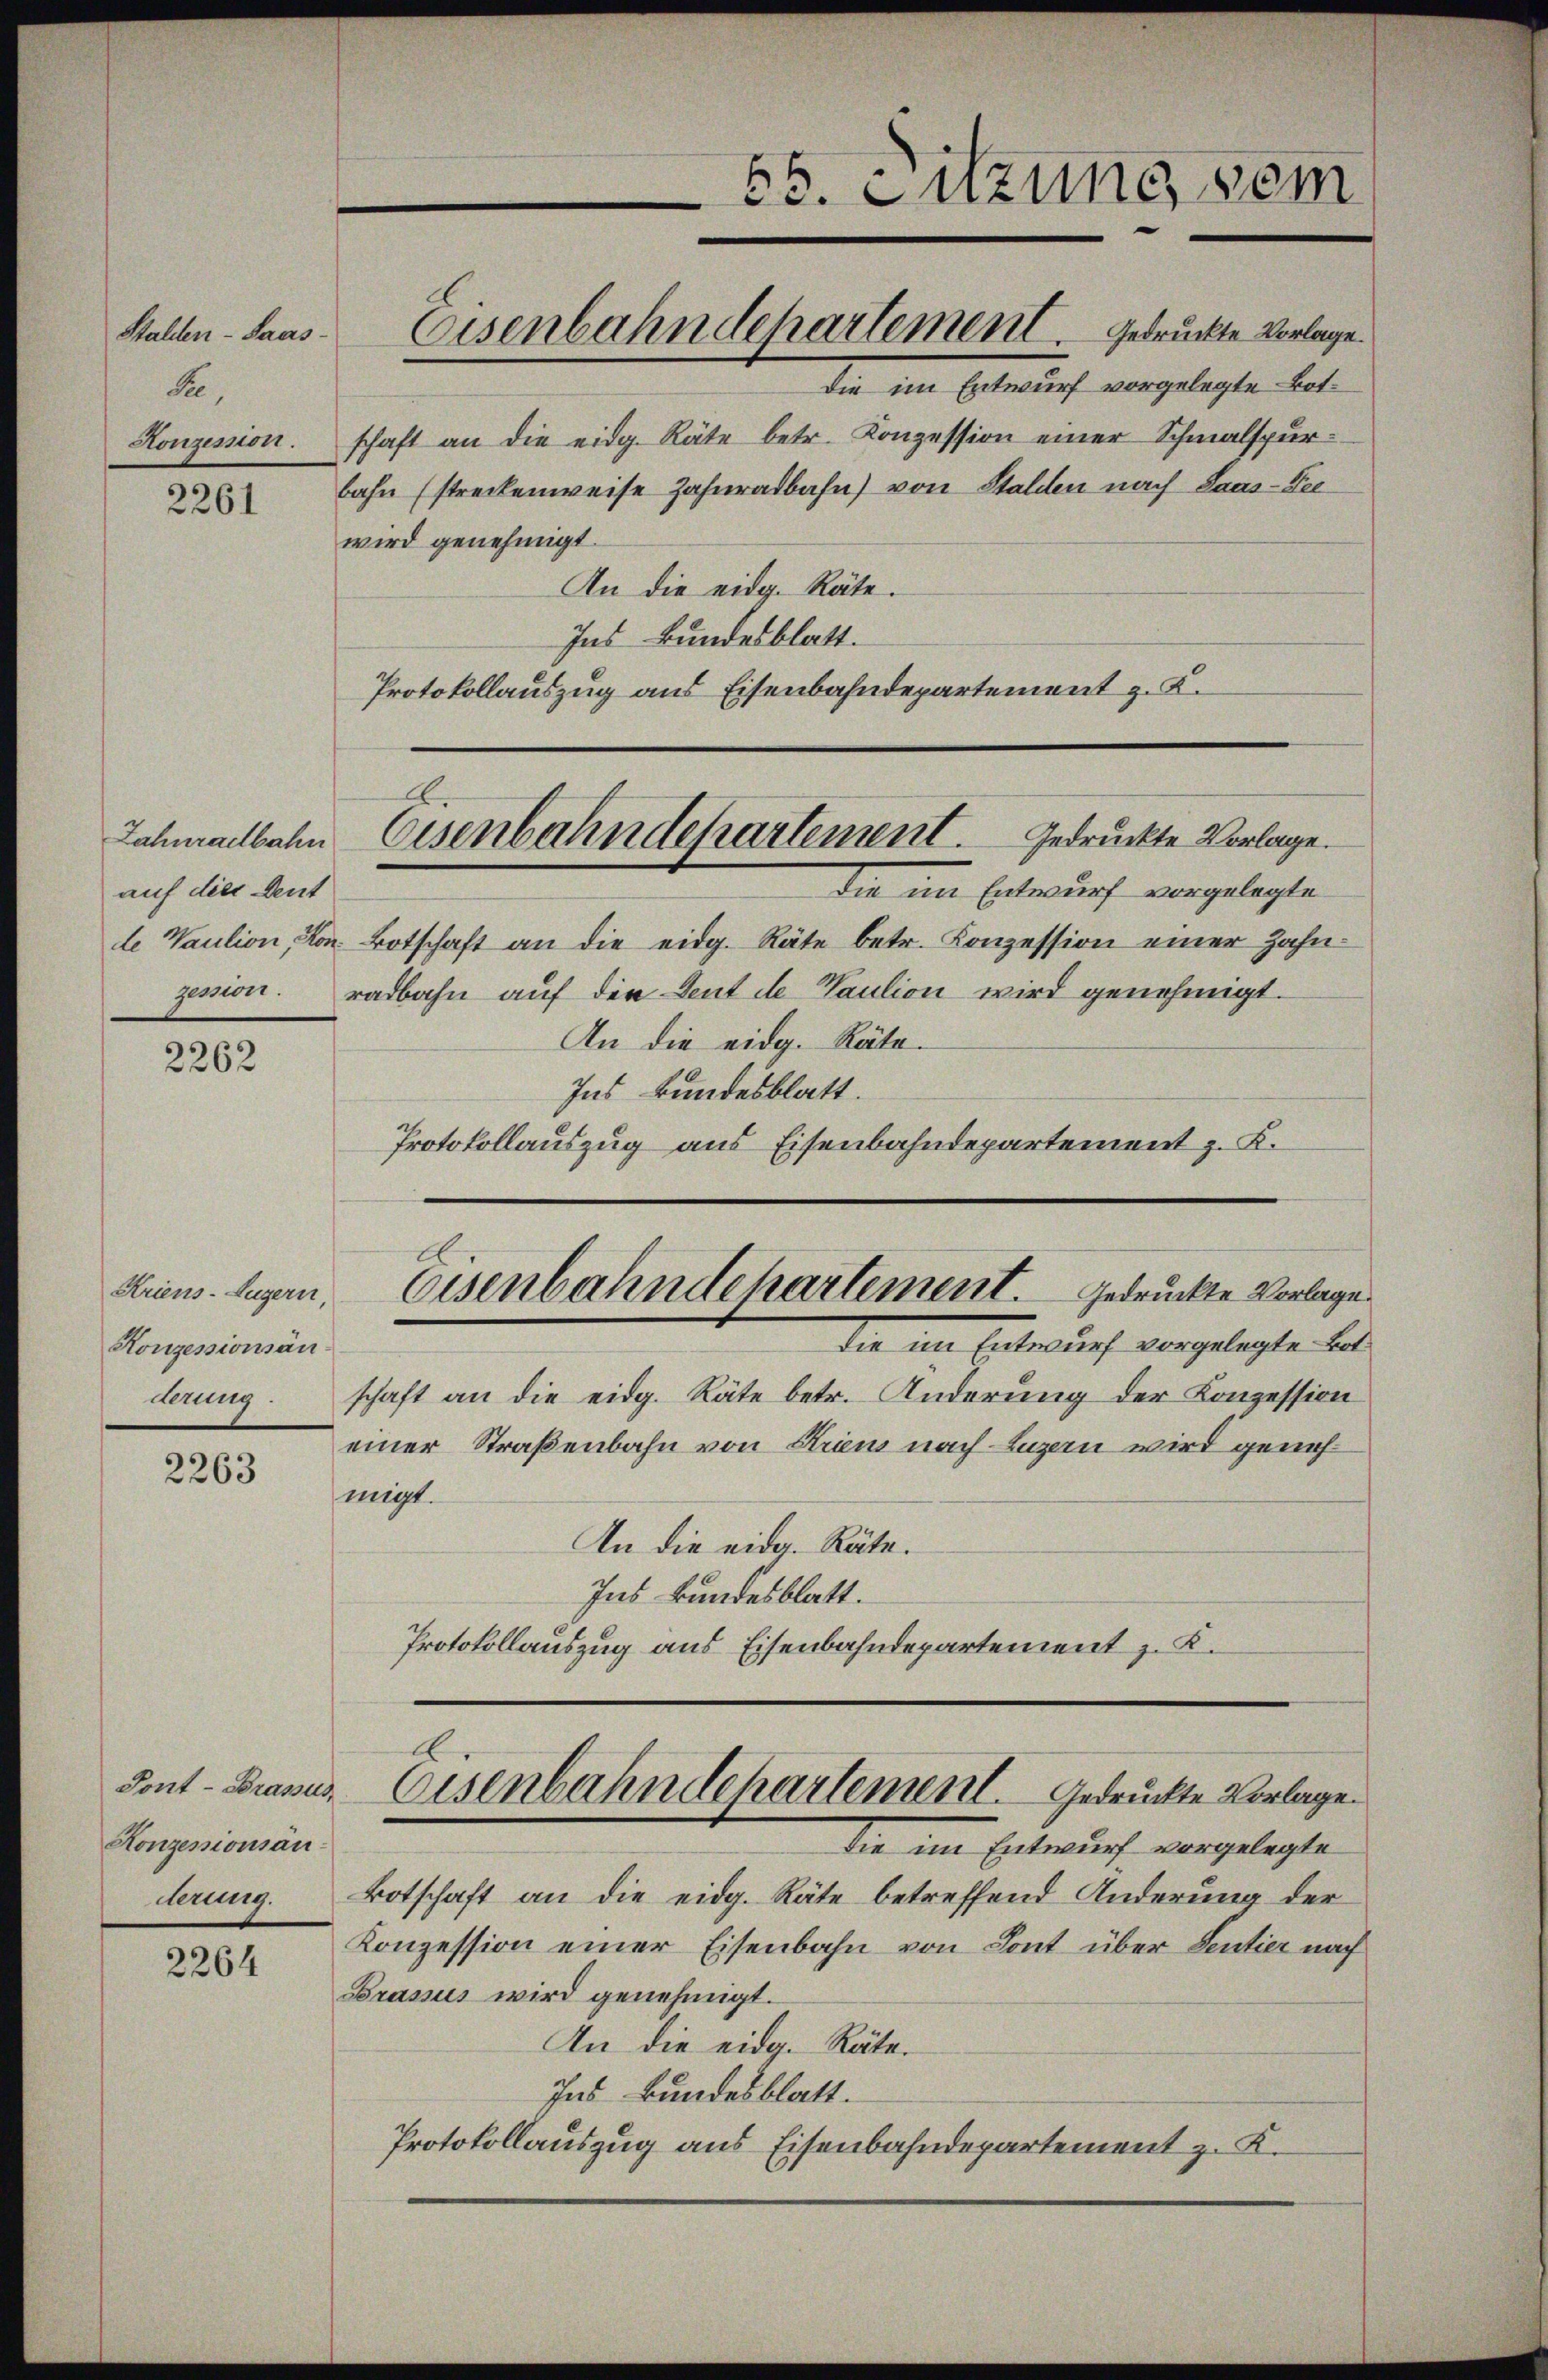
Stalden-Saas-
Se.
Honzession.

2261

Zahnradbahn
auf dies Deut
de Waution, Kongemont.
.

2262

Kriens-Lugern,
Konzessionsänderung

2263

Tont-Brasus
Honzessionsän

2264

die im Entwurf vorgelegte Botschaft an die eidg. Räte betr. Konzession einer Schmalspurbahn (streckenweise Zahnradbahn) von Stalden nach Laus-Feewird genehmigt.
An die eidg. Räte.
Ins Bundesblatt.
Protokollauszug aus Eisenbahndepartement z. K.

Eisenbahndepartement. gedruckte Vorlage.

656. Euzung sei

die im Entwurf vorgelegte
Botschaft an die eidg. Räte betr. Konzession einer Zahn-
radbahn auf die Deut de Vaution wird genehmigt.
An die eidg. Räte.
Ins Bundesblatt.
Protokollauszug aus Eisenbahndepartement z. K.

E
Eisenbahndepartement. Gedruckte Vorlage.

schaft an die eidg. Räte betr. Anderung der Konzession
einer Straßenbahn von Stren nach Luzern wird genehmigt.
An die eidg. Räte.
Ins Bundesblatt.
Protokollauszug aus Eisenbahndepartement z. K.

Eisenbahndepartement. Gedruckte Vorlage
die im Entwurf vorgelegte Bel

Eisenbahndepartement. Gedruckte Vorlage

die im Entwurf vorgelegte
derung. Botschaft an die eidg. Räte betreffend Änderung der
Konzession einer Eisenbahn von Sont über Sentier nach
Brassus wird genehmigt.
An die eidg. Räte.
Ins Bundesblatt.
Protokollauszug aus Eisenbahndepartement z. K.